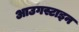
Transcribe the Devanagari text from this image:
आउगस्टाइन